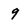
Character: 9